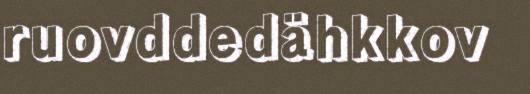
ruovddedähkkov